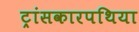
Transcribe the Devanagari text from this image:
ट्रांसकारपथिया